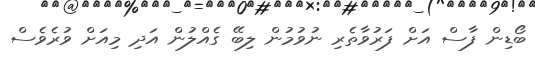
ބޯޑިން ފާސް އަށް ފަރުވާތެރި ނުވުމުން ލިބޭ ގެއްލުން އަދި މިއަށް ވުރެވެސް